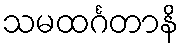
သမထင်္ဂတာနိ